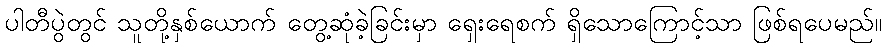
ပါတီပွဲတွင် သူတို့နှစ်ယောက် တွေ့ဆုံခဲ့ခြင်းမှာ ရှေးရေစက် ရှိသောကြောင့်သာ ဖြစ်ရပေမည်။